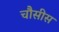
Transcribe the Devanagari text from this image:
चौसीस